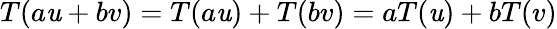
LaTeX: T(a\mathit{u}+bv)=T(a\mathit{u})+T(bv)=aT(\mathit{u})+bT(v)